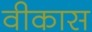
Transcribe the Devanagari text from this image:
वीकास